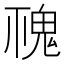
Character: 𩲚